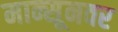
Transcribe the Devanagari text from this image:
मान्सूनवर